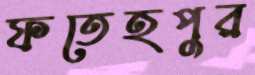
ফতেহপুর